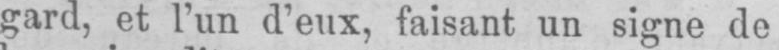
gard, et l’un d’eux, faisant un signe de